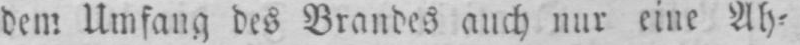
dem Umfang des Brandes auch nur eine Ah⸗